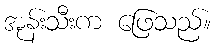
အုန်းသီးက ဖြေသည်။